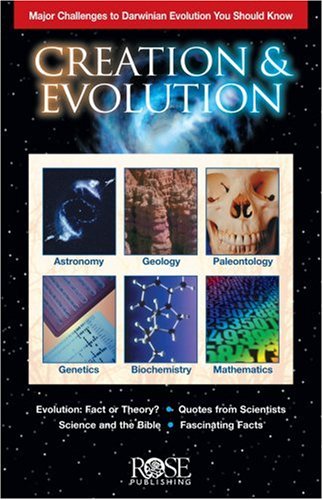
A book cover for Creation and Evolution: Clear Reasons to Doubt Darwinian Evolution (pamphlet); Larry Blythe; Christian Books & Bibles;